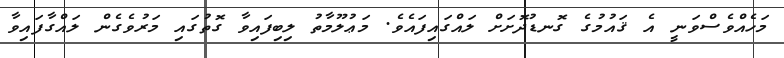
މަހެއްވެސްވަނީ އެ ޤައުމުގެ ގޮނޑުދޮށަށް ލައްގަައިފައެވެ. މަޢުލޫމާތު ލިބިފައިވާ ގޮތުގައި މަރުވެގެން ލައްގާފައިވާ